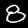
Digit: 8